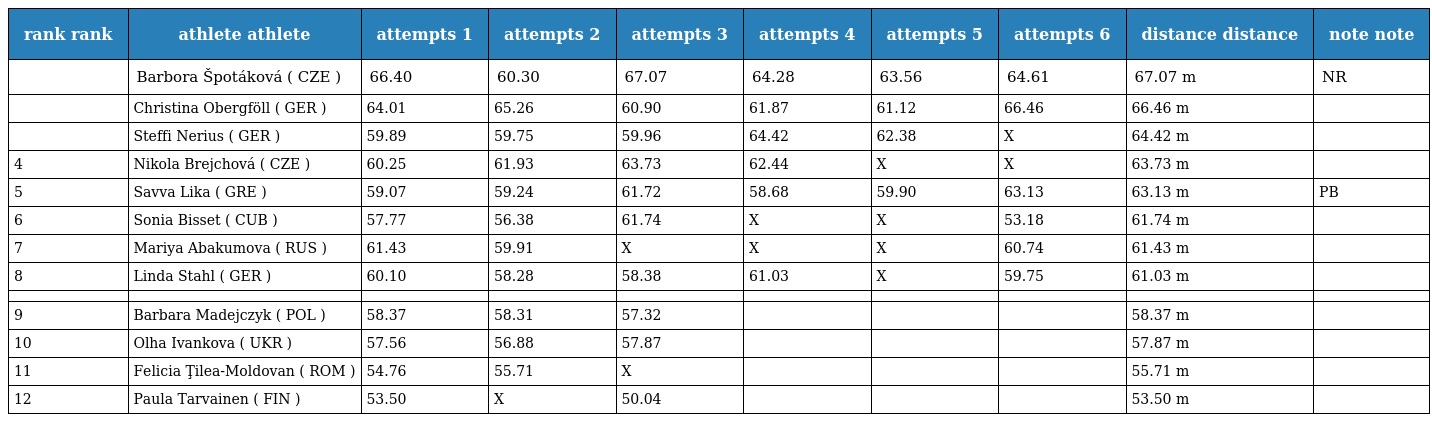
| rank rank | athlete athlete | attempts 1 | attempts 2 | attempts 3 | attempts 4 | attempts 5 | attempts 6 | distance distance | note note |
 | --- | --- | --- | --- | --- | --- | --- | --- | --- | --- |
 |  | Barbora Špotáková ( CZE ) | 66.40 | 60.30 | 67.07 | 64.28 | 63.56 | 64.61 | 67.07 m | NR |
 |  | Christina Obergföll ( GER ) | 64.01 | 65.26 | 60.90 | 61.87 | 61.12 | 66.46 | 66.46 m |  |
 |  | Steffi Nerius ( GER ) | 59.89 | 59.75 | 59.96 | 64.42 | 62.38 | X | 64.42 m |  |
 | 4 | Nikola Brejchová ( CZE ) | 60.25 | 61.93 | 63.73 | 62.44 | X | X | 63.73 m |  |
 | 5 | Savva Lika ( GRE ) | 59.07 | 59.24 | 61.72 | 58.68 | 59.90 | 63.13 | 63.13 m | PB |
 | 6 | Sonia Bisset ( CUB ) | 57.77 | 56.38 | 61.74 | X | X | 53.18 | 61.74 m |  |
 | 7 | Mariya Abakumova ( RUS ) | 61.43 | 59.91 | X | X | X | 60.74 | 61.43 m |  |
 | 8 | Linda Stahl ( GER ) | 60.10 | 58.28 | 58.38 | 61.03 | X | 59.75 | 61.03 m |  |
 |  |  |  |  |  |  |  |  |  |  |
 | 9 | Barbara Madejczyk ( POL ) | 58.37 | 58.31 | 57.32 |  |  |  | 58.37 m |  |
 | 10 | Olha Ivankova ( UKR ) | 57.56 | 56.88 | 57.87 |  |  |  | 57.87 m |  |
 | 11 | Felicia Ţilea-Moldovan ( ROM ) | 54.76 | 55.71 | X |  |  |  | 55.71 m |  |
 | 12 | Paula Tarvainen ( FIN ) | 53.50 | X | 50.04 |  |  |  | 53.50 m |  |